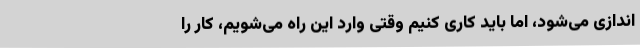
اندازی می‌شود، اما باید کاری کنیم وقتی وارد این راه می‌شویم، کار را